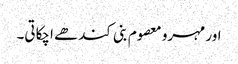
اور مہرو معصوم بنی کندھے اچکاتی۔